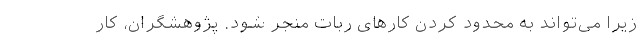
زیرا می‌تواند به محدود کردن کار‌های ربات منجر شود. پژوهشگران، کار